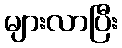
များလာပြီး